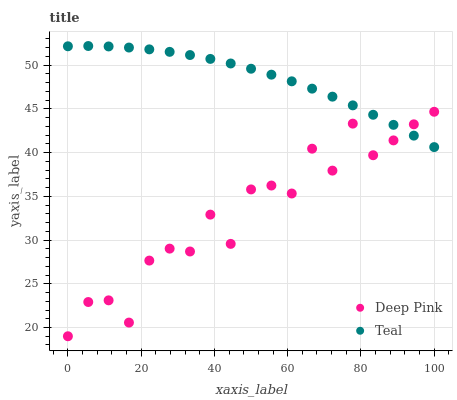
| xaxis_label | Deep Pink | Teal |
 | --- | --- | --- |
 | 0 | 19 | 52.1 |
 | 5.56 | 22.9 | 52.2 |
 | 11.1 | 23.1 | 52.1 |
 | 16.7 | 20.6 | 52 |
 | 22.2 | 27.6 | 51.8 |
 | 27.8 | 29 | 51.5 |
 | 33.3 | 28.7 | 51.1 |
 | 38.9 | 32.9 | 50.7 |
 | 44.4 | 29.6 | 50.2 |
 | 50 | 35.8 | 49.6 |
 | 55.6 | 36.2 | 48.9 |
 | 61.1 | 35.3 | 48.1 |
 | 66.7 | 40.4 | 47.3 |
 | 72.2 | 37.9 | 46.4 |
 | 77.8 | 43.3 | 45.4 |
 | 83.3 | 39.7 | 44.3 |
 | 88.9 | 41.4 | 43.2 |
 | 94.4 | 43.2 | 41.9 |
 | 100 | 44.7 | 40.6 |